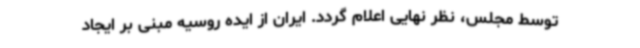
توسط مجلس، نظر نهایی اعلام گردد. ایران از ایده روسیه مبنی بر ایجاد